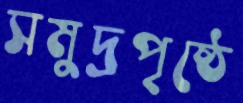
সমুদ্রপৃষ্ঠে